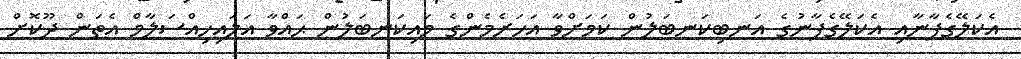
އެކަލޭގެފާނާއި އެކަލޭގެފާނުގެ އަނބިކަނބަލުން ކަމަށްވާ އަހަރެމެންގެ މައިކަނބަލުން ޙައްވާ އަލައިހިއްސަލާމް އެތަން ދޫކޮށް